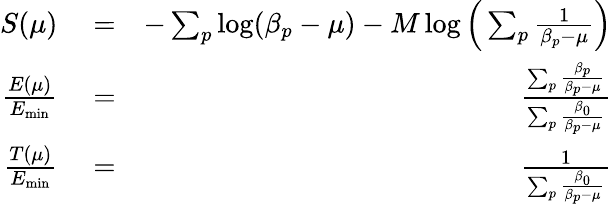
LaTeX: \begin{array}{rlr}{{S}(\mu)}&{{}=}&{-\sum_{p}\log(\beta_{p}-\mu)-M\log\Big(\sum_{p}\frac{1}{\beta_{p}-\mu}\Big)}\\ {\frac{E(\mu)}{E_{\mathrm{min}}}}&{{}=}&{\frac{\sum_{p}\frac{\beta_{p}}{\beta_{p}-\mu}}{\sum_{p}\frac{\beta_{0}}{\beta_{p}-\mu}}}\\ {\frac{T(\mu)}{E_{\mathrm{min}}}}&{{}=}&{\frac{1}{\sum_{p}\frac{\beta_{0}}{\beta_{p}-\mu}}}\end{array}